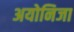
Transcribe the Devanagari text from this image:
अयोनिजा